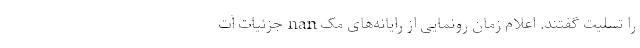
را تسلیت گفتند. اعلام زمان رونمایی از رایانه‌های مک nan جزئیات آت